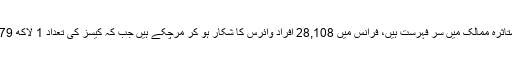
فرانس اور اسپین بھی شدید متاثرہ ممالک میں سر فہرست ہیں، فرانس میں 28,108 افراد وائرس کا شکار ہو کر مرچکے ہیں جب کہ کیسز کی تعداد 1 لاکھ 79 ہزار سے زائد ہو چکی ہے۔